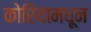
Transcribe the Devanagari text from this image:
कोरियामधून